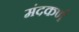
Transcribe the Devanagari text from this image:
मंदकर्ण